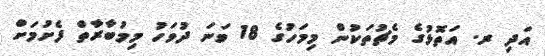
އަދި ރ. އަތޮޅުގެ މެޗުތަކުން މިމަހުގެ 18 ވަނަ ދުވަހު މިމުބާރާތް ފެށުމަށް